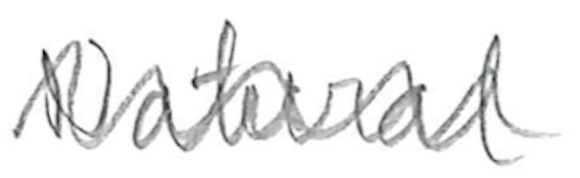
Text: Natural
Cross-out: wave
Writing tool: pencil